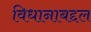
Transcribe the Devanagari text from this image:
विधानाबद्दल